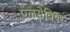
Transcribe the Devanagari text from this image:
एलसेवियर